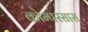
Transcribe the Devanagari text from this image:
कोम्परसास